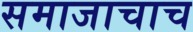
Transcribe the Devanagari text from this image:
समाजाचाच